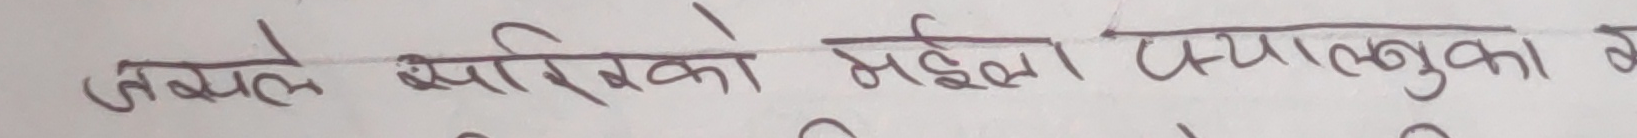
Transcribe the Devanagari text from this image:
जसले स्वेदिको महिला प्यालुनुवा वे